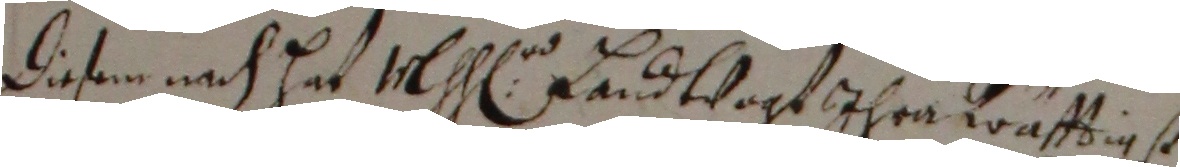
disen nach zeut 1heren landtvagt ihre köüftigs